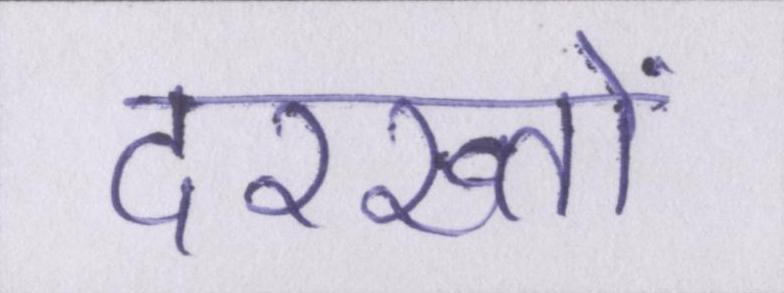
दरख्तों